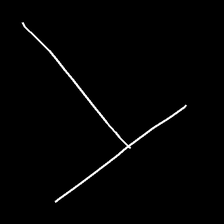
Glyph: column